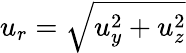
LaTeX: u_{r}=\sqrt{u_{y}^{2}+u_{z}^{2}}